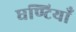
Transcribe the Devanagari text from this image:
घण्टियाँ